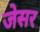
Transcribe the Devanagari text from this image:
जेसर